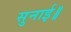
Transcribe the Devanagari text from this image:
सुनाई॥